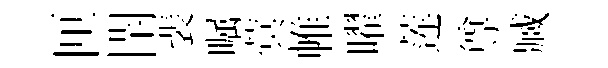
匣閈裴嘱蓂帷曜莲尊臧